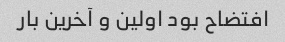
افتضاح بود اولین و آخرین بار